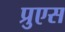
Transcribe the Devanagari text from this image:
प्रुएस